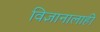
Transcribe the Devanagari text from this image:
विज्ञानालाही